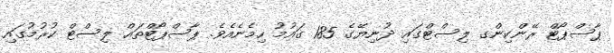
ޕާސްޕޯޓް ރޭންކިންގ ލިސްޓްގައި ދުނިޔޭގެ 185 ގައުމު ހިމެނެއެވެ. ޕާސްޕޯޓްތައް ލިސްޓް ކުރުމުގައި